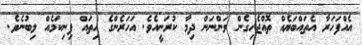
އެއްފަހަރާ އެތައްބަޔެއް ތޮއްޖެހިގެން ވަންނަން ދިމާ ކުރަނީއެވެ. އަހަރެންގެ ހިތައް ފިނިކަމެއް ލިބުނެވެ.